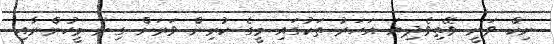
ނިކް ވަނީ ވޭތިވެދިޔަ އަހަރު ތަކުގައި މީގެ ކުރިން ވަރަށް ގިނަ މީހުންނާއި